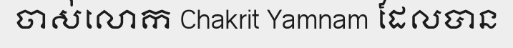
ចាស់លោក Chakrit Yamnam ដែលបាន